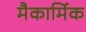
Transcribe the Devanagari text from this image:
मैकार्मिक